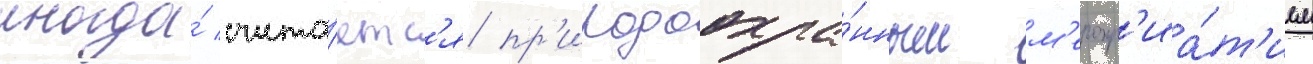
иногда́ счита́етс'я пр'иродоохра́нным м'еропр'иа́т'ием